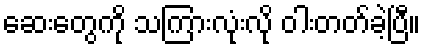
ဆေးတွေကို သကြားလုံးလို ဝါးတတ်ခဲ့ပြီ။